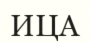
ИЦА